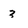
Character: 3